Source: Handwritten
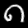
Digit: ၈ (8)